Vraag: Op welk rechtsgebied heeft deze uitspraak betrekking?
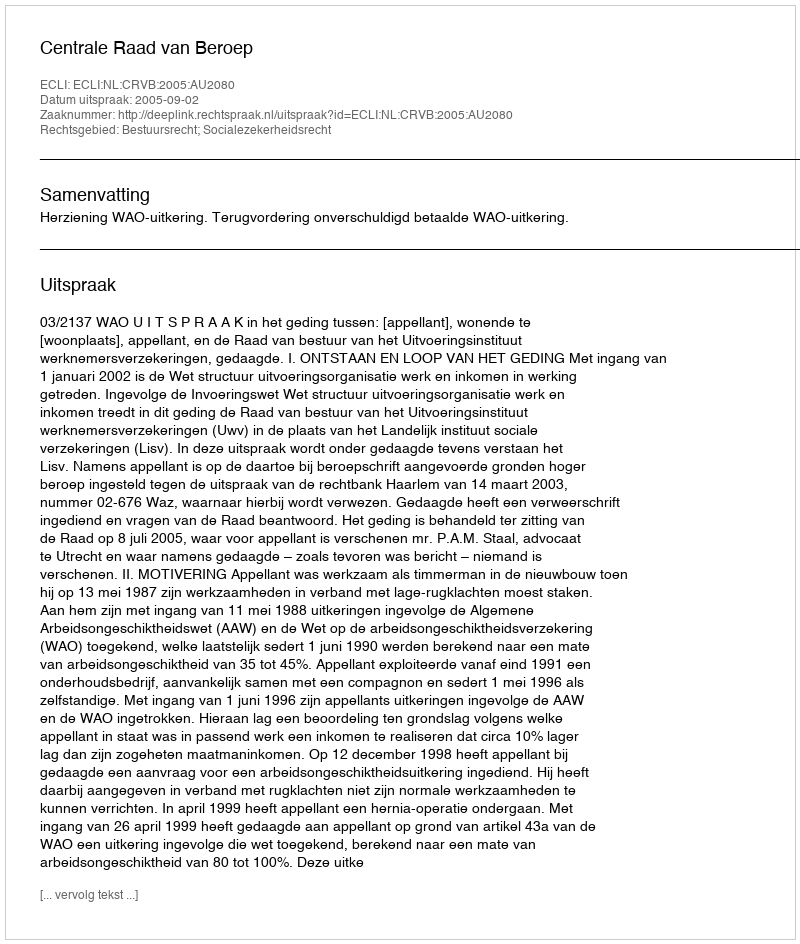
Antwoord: Bestuursrecht; Socialezekerheidsrecht